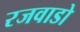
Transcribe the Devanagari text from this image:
रजवाडो